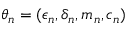
\theta _ { n } = ( \epsilon _ { n } , \delta _ { n } , m _ { n } , c _ { n } )